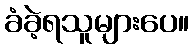
ခံခဲ့ရသူများပေ။